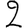
Digit: 2